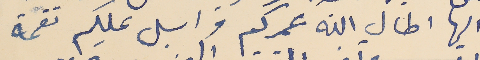
اليها اطال الله عمركم واسال عليكم نعمة